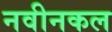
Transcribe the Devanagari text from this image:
नवीनकल